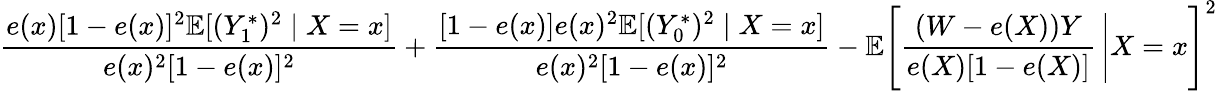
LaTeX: \frac{e(x)[1-e(x)]^{2}\mathbb{E}[(Y_{1}^{*})^{2}\mid X=x]}{e(x)^{2}[1-e(x)]^{2}}+\frac{[1-e(x)]e(x)^{2}\mathbb{E}[(Y_{0}^{*})^{2}\mid X=x]}{e(x)^{2}[1-e(x)]^{2}}-\mathbb{E}\Bigg[\frac{(W-e(X))Y}{e(X)[1-e(X)]}\, \Bigg\lvert X=x\Bigg]^{2}